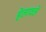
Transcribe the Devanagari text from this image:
हेलावले